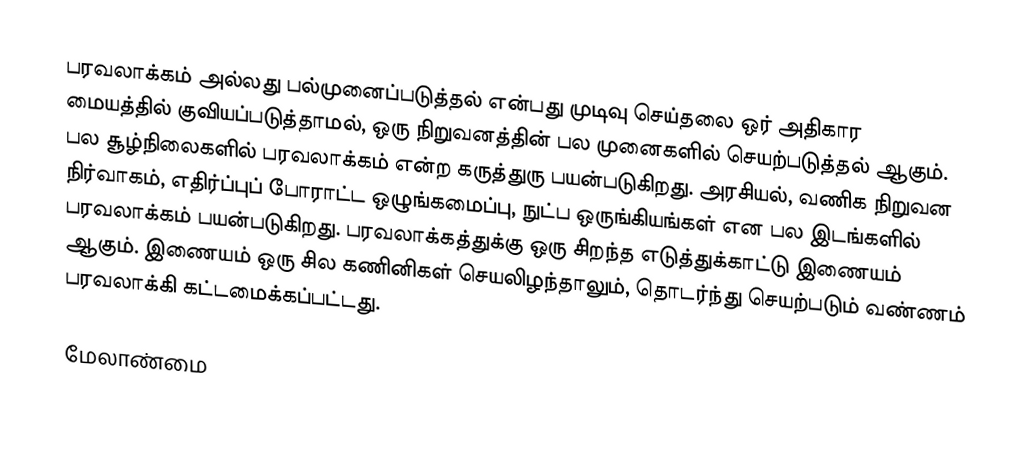
பரவலாக்கம் அல்லது பல்முனைப்படுத்தல் என்பது முடிவு செய்தலை ஒர் அதிகார மையத்தில் குவியப்படுத்தாமல், ஒரு நிறுவனத்தின் பல முனைகளில் செயற்படுத்தல் ஆகும். பல சூழ்நிலைகளில் பரவலாக்கம் என்ற கருத்துரு பயன்படுகிறது. அரசியல், வணிக நிறுவன நிர்வாகம், எதிர்ப்புப் போராட்ட ஒழுங்கமைப்பு, நுட்ப ஒருங்கியங்கள் என பல இடங்களில் பரவலாக்கம் பயன்படுகிறது. பரவலாக்கத்துக்கு ஒரு சிறந்த எடுத்துக்காட்டு இணையம் ஆகும். இணையம் ஒரு சில கணினிகள் செயலிழந்தாலும், தொடர்ந்து செயற்படும் வண்ணம் பரவலாக்கி கட்டமைக்கப்பட்டது.

மேலாண்மை